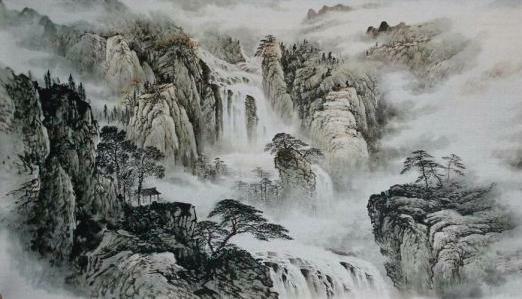
青山欲共高人语。联翩万马来无数。